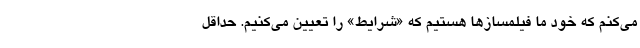
می‌کنم که خود ما فیلمسازها هستیم که «شرایط» را تعیین می‌کنیم. حداقل